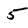
Character: 5